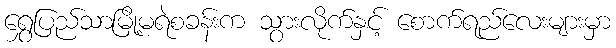
ရွှေပြည်သာမြို့မရဲစခန်းက သွားလိုက်နှင့် စောက်ရည်လေးများမှာ